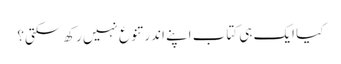
کیا ایک ہی کتاب اپنے اندر تنوع نہیں رکھ سکتی؟